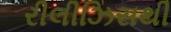
રીલીઝિસથી